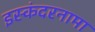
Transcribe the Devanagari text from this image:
इस्कंदरनामा